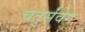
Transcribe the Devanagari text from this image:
चतुर्संवेग